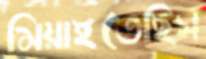
মিয়াইতেছিস